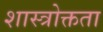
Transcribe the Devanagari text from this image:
शास्त्रोक्तता